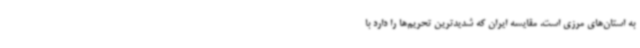
به استان‌های مرزی است. مقایسه ایران که شدیدترین تحریم‌ها را دارد با